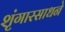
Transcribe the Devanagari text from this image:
शृंगारसाधने